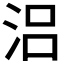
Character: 𣳮